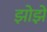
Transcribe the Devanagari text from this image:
झोझे